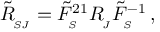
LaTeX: \tilde { R } _ { _ { \! S J } } ^ { } = \tilde { F } _ { _ { \! S } } ^ { 2 1 } R _ { _ { \! J } } ^ { } \tilde { F } _ { _ { \! S } } ^ { - 1 } \, ,